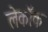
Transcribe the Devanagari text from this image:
लेकॉक